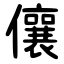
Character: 儴